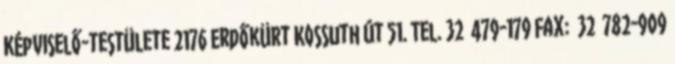
Képviselő-testülete 2176 Erdőkürt Kossuth út 51. Tel. 32 479-179 Fax: 32 782-909